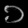
Digit: ၁